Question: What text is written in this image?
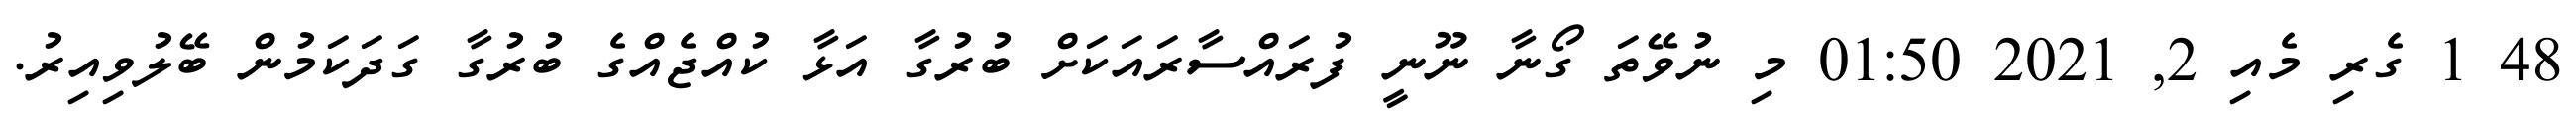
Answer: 48 1 ގެރި މެއި 2, 2021 01:50 މި ނުވޭތަ ގޯނާ ނޫނީ ފުރައްސާރައަކަށް ބުރުގާ އަޅާ ކުއްޖެއްގެ ބުރުގާ ގަދަކަމުން ބޭލުވިއިރު.